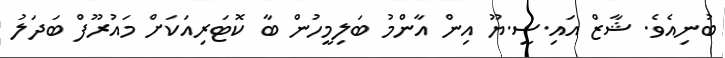
ބުނިއެވެ. ޝާޒް އައި.ސީ.ޔޫ އިން އާންމު ބަލިމީހުން ބާ ކޮޓަރިއަކަށް މައުރޫފް ބަދަލު